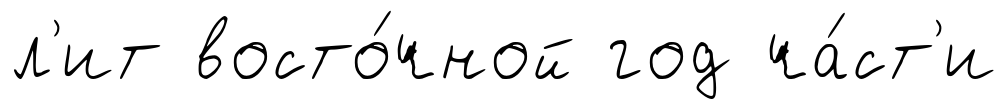
л'ит восто́чной год ча́ст'и